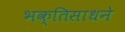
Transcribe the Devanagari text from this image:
भक्तिसाधने